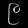
Digit: ၉